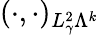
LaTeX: (\cdot,\cdot)_{L_{\gamma}^{2}\Lambda^{k}}